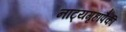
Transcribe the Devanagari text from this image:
नाट्यगृहांपैकी